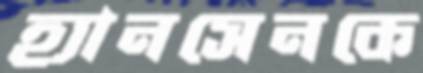
হ্যানসেনকে